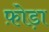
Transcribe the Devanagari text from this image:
फ़ोड़ा